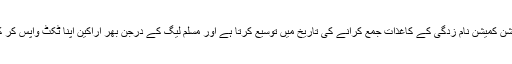
دنیا کو احمق سمجھتے ہیں الیکشن کمیشن نام زدگی کے کاغذات جمع کرانے کی تاریخ میں توسیع کرتا ہے اور مسلم لیگ کے درجن بھر اراکین اپنا ٹکٹ واپس کر کے جیپ کا نشان لے لیتے ہیں۔